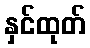
နှင်ထုတ်